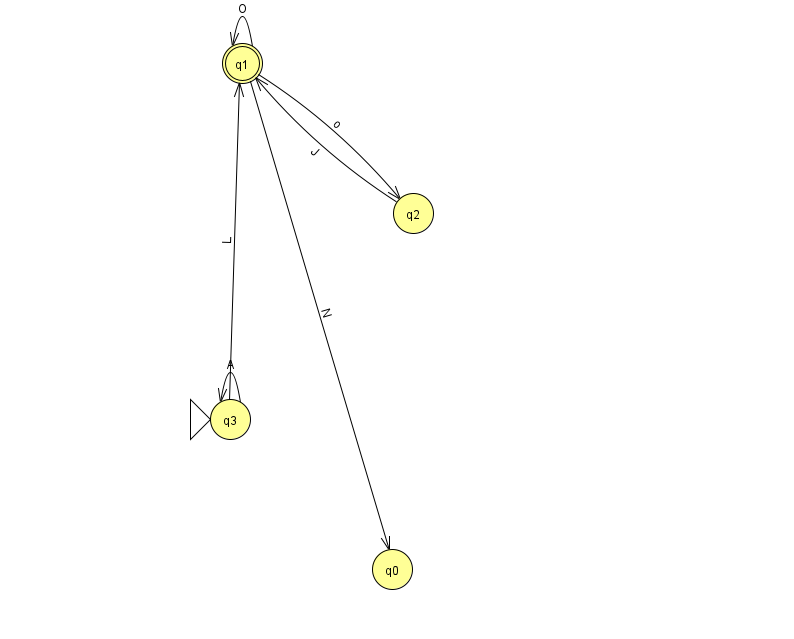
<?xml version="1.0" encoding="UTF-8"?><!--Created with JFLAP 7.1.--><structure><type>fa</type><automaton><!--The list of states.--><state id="0" name="q0"><x>392.0</x><y>556.0</y></state><state id="1" name="q1"><x>242.0</x><y>50.0</y><final/></state><state id="2" name="q2"><x>413.0</x><y>200.0</y></state><state id="3" name="q3"><x>230.0</x><y>406.0</y><initial/></state><!--The list of transitions.--><transition><from>3</from><to>3</to><read>A</read></transition><transition><from>3</from><to>1</to><read>L</read></transition><transition><from>2</from><to>1</to><read>J</read></transition><transition><from>1</from><to>0</to><read>N</read></transition><transition><from>1</from><to>1</to><read>O</read></transition><transition><from>1</from><to>2</to><read>o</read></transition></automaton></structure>